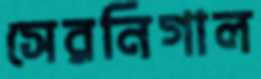
সেরনিগাল